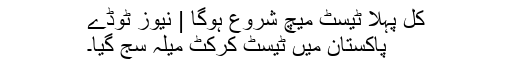
کل پہلا ٹیسٹ میچ شروع ہوگا | نیوز ٹوڈے
پاکستان میں ٹیسٹ کرکٹ میلہ سج گیا۔